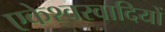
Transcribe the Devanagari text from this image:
एकेश्वरवादियों